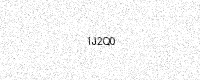
Text: IJ2Q0